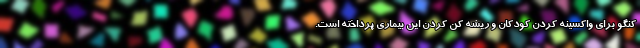
کنگو برای واکسینه کردن کودکان و ریشه کن کردن این بیماری پرداخته است.